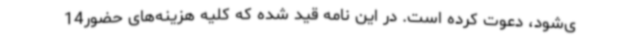
ی‌شود، دعوت کرده است. در این نامه قید شده که کلیه هزینه‌های حضور14